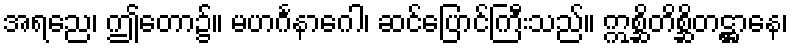
အရညေ၊ ဤတော၌။ မဟင်္ဂနာဂေါ၊ ဆင်ပြောင်ကြီးသည်။ ဣစ္ဆိတိစ္ဆိတဋ္ဌာနေ၊